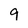
Character: 9